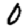
Digit: 0